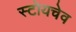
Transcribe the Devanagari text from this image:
स्टोयचेव